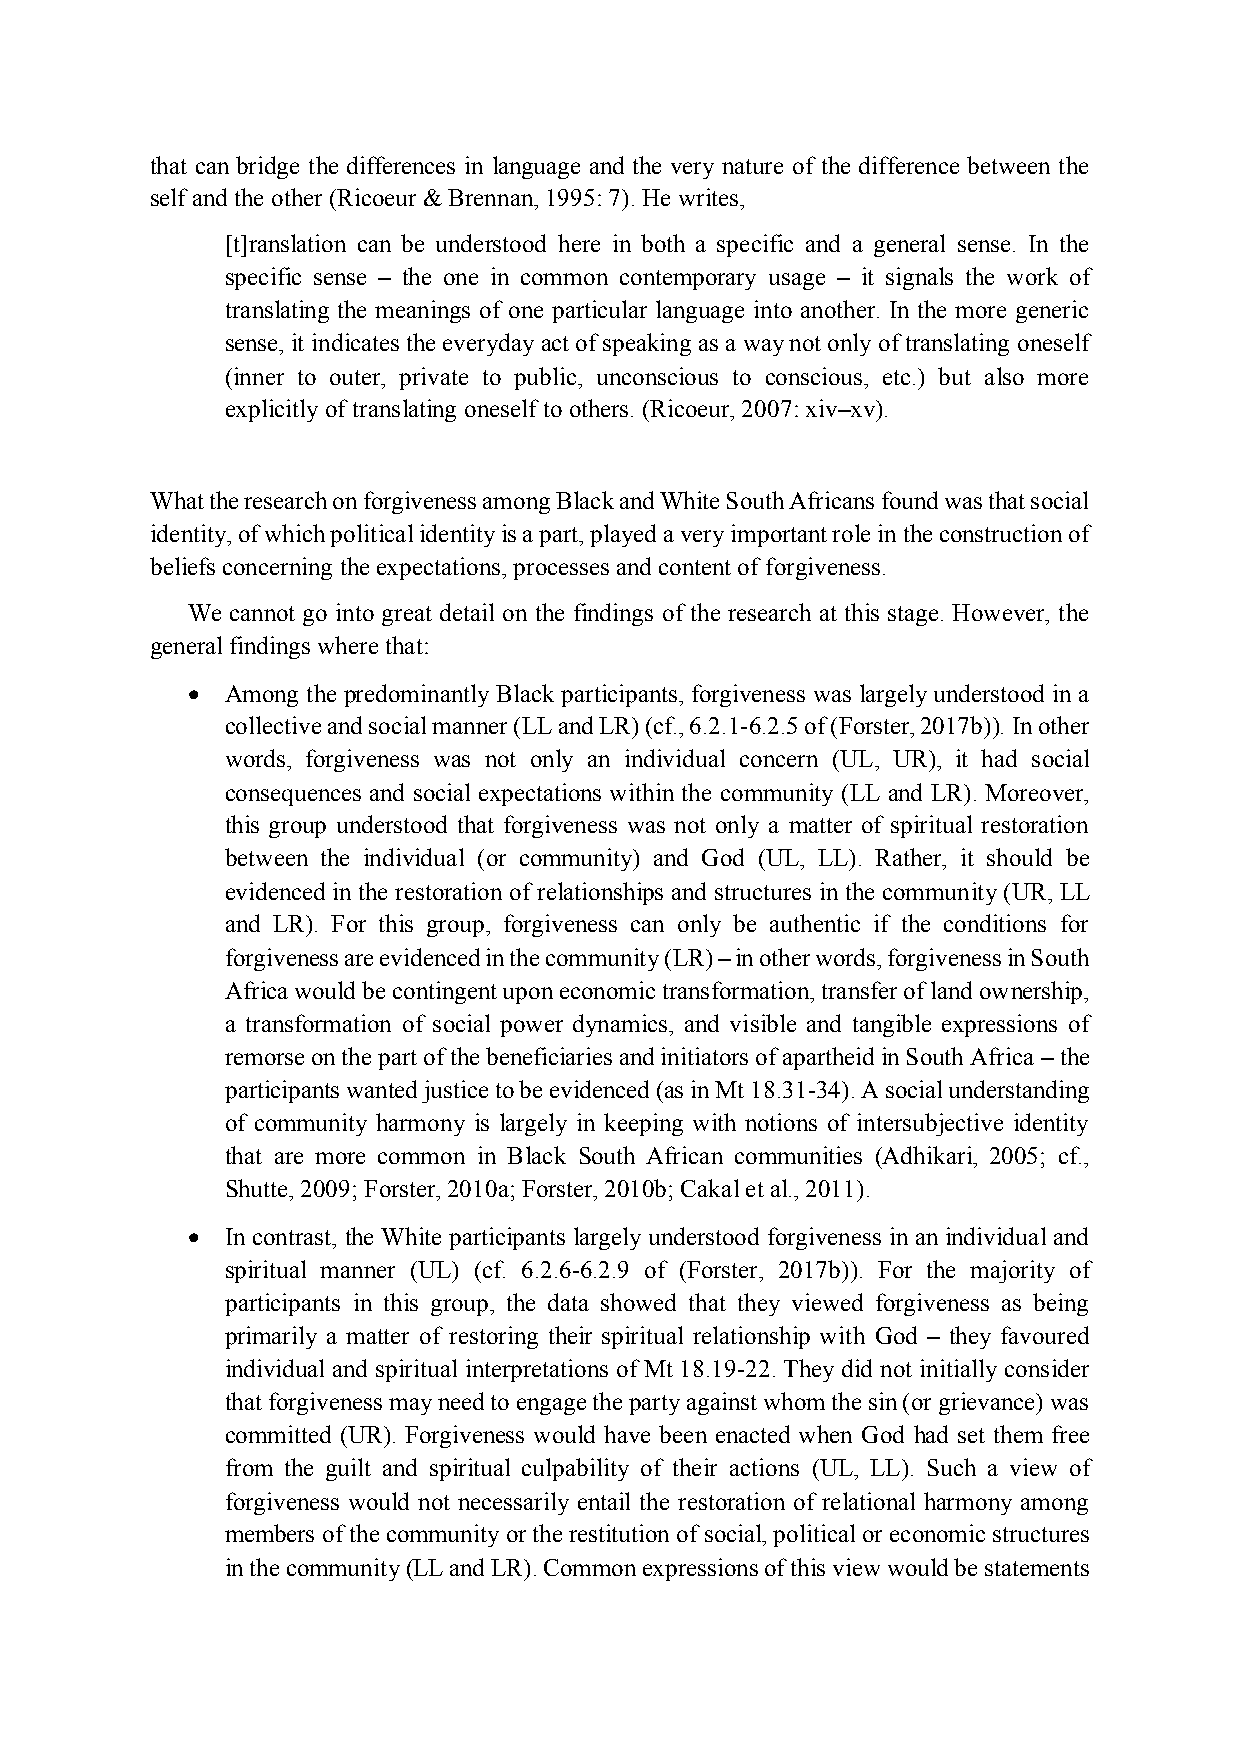
that can bridge the differences in language and the very nature of the difference between the
 self and the other (Ricoeur & Brennan, 1995: 7). He writes,
 [t]ranslation can be understood here in both a specific and a general sense. In the
 specific sense – the one in common contemporary usage – it signals the work of
 translating the meanings of one particular language into another. In the more generic
 sense, it indicates the everyday act of speaking as a way not only of translating oneself
 (inner to outer, private to public, unconscious to conscious, etc.) but also more
 explicitly of translating oneself to others. (Ricoeur, 2007: xiv–xv).
 What the research on forgiveness among Black and White South Africans found was that social
 identity, of which political identity is a part, played a very important role in the construction of
 beliefs concerning the expectations, processes and content of forgiveness.
 We cannot go into great detail on the findings of the research at this stage. However, the
 general findings where that:
 •  Among the predominantly Black participants, forgiveness was largely understood in a
 collective and social manner (LL and LR) (cf., 6.2.1-6.2.5 of (Forster, 2017b)). In other
 words, forgiveness was not only an individual concern (UL, UR), it had social
 consequences and social expectations within the community (LL and LR). Moreover,
 this group understood that forgiveness was not only a matter of spiritual restoration
 between the individual (or community) and God (UL, LL). Rather, it should be
 evidenced in the restoration of relationships and structures in the community (UR, LL
 and LR). For this group, forgiveness can only be authentic if the conditions for
 forgiveness are evidenced in the community (LR) – in other words, forgiveness in South
 Africa would be contingent upon economic transformation, transfer of land ownership,
 a transformation of social power dynamics, and visible and tangible expressions of
 remorse on the part of the beneficiaries and initiators of apartheid in South Africa – the
 participants wanted justice to be evidenced (as in Mt 18.31-34). A social understanding
 of community harmony is largely in keeping with notions of intersubjective identity
 that are more common in Black South African communities (Adhikari, 2005; cf.,
 Shutte, 2009; Forster, 2010a; Forster, 2010b; Cakal et al., 2011).
 •  In contrast, the White participants largely understood forgiveness in an individual and
 spiritual manner (UL) (cf. 6.2.6-6.2.9 of (Forster, 2017b)). For the majority of
 participants in this group, the data showed that they viewed forgiveness as being
 primarily a matter of restoring their spiritual relationship with God – they favoured
 individual and spiritual interpretations of Mt 18.19-22. They did not initially consider
 that forgiveness may need to engage the party against whom the sin (or grievance) was
 committed (UR). Forgiveness would have been enacted when God had set them free
 from the guilt and spiritual culpability of their actions (UL, LL). Such a view of
 forgiveness would not necessarily entail the restoration of relational harmony among
 members of the community or the restitution of social, political or economic structures
 in the community (LL and LR). Common expressions of this view would be statements